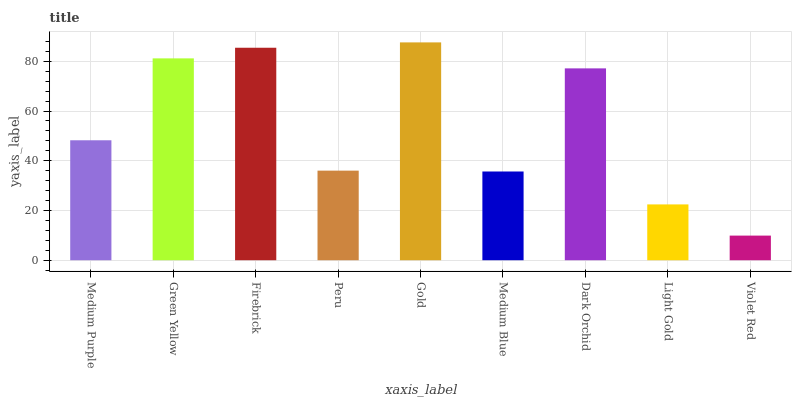
| xaxis_label | bars |
 | --- | --- |
 | Medium Purple | 48.2 |
 | Green Yellow | 81.2 |
 | Firebrick | 85.5 |
 | Peru | 36 |
 | Gold | 87.6 |
 | Medium Blue | 35.7 |
 | Dark Orchid | 77.2 |
 | Light Gold | 22.5 |
 | Violet Red | 9.91 |